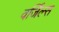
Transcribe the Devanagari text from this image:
वर्जिल्स